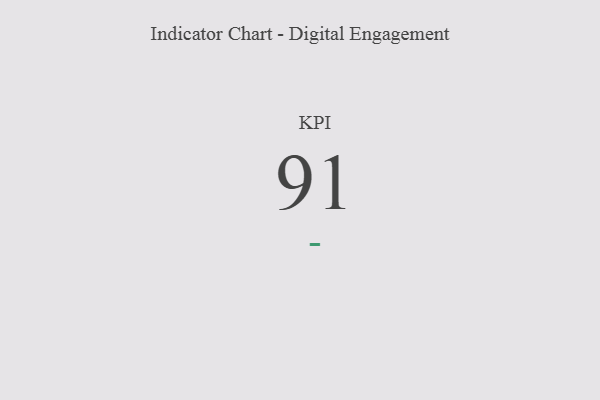
{"axis": {"x": "KPI", "y": "Value"}, "legend": [""], "data": [{"x": "KPI", "y": 91, "type": ""}]}